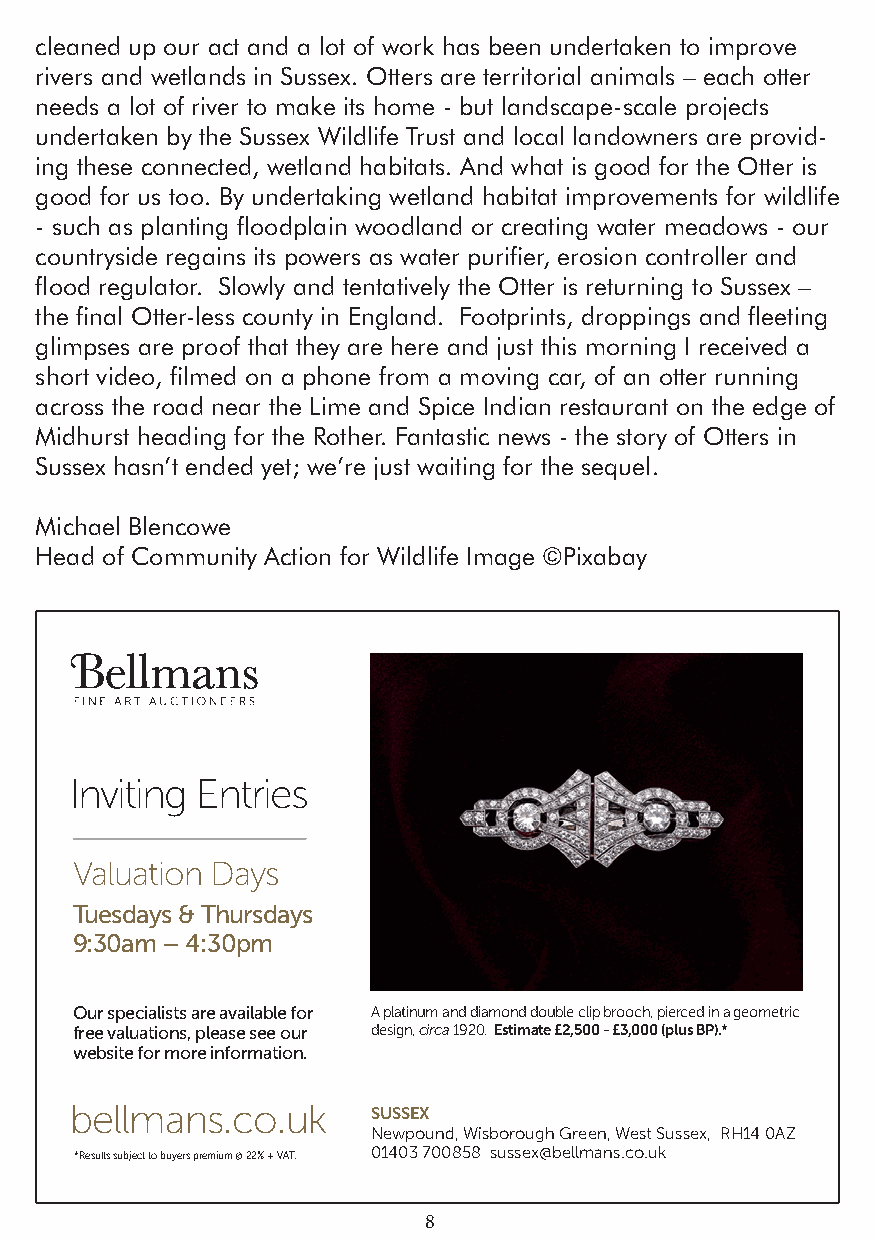
cleaned up our act and a lot of work has been undertaken to improve
 rivers and wetlands in Sussex. Otters are territorial animals – each otter
 needs a lot of river to make its home - but landscape-scale projects
 undertaken by the Sussex Wildlife Trust and local landowners are provid-
 ing these connected, wetland habitats. And what is good for the Otter is
 good for us too. By undertaking wetland habitat improvements for wildlife
 - such as planting floodplain woodland or creating water meadows - our
 countryside regains its powers as water purifier, erosion controller and
 flood regulator. Slowly and tentatively the Otter is returning to Sussex –
 the final Otter-less county in England. Footprints, droppings and fleeting
 glimpses are proof that they are here and just this morning I received a
 short video, filmed on a phone from a moving car, of an otter running
 across the road near the Lime and Spice Indian restaurant on the edge of
 Midhurst heading for the Rother. Fantastic news - the story of Otters in
 Sussex hasn’t ended yet; we’re just waiting for the sequel.
 Michael Blencowe
 Head of Community Action for Wildlife Image ©Pixabay
 Inviting Entries
 Valuation Days
 Tuesdays & Thursdays
 9:30am – 4:30pm
 Our specialists are available for A platinum and diamond double clip brooch, pierced in a geometric
 free valuations, please see our design, circa 1920. Estimate £2,500 - £3,000 (plus BP).*
 website for more information.
 bellmans.co.uk      SUSSEX
 Newpound, Wisborough Green, West Sussex, RH14 0AZ
 *Results subject to buyers premium @ 22% + VAT. 01403 700858 sussex@bellmans.co.uk
 8